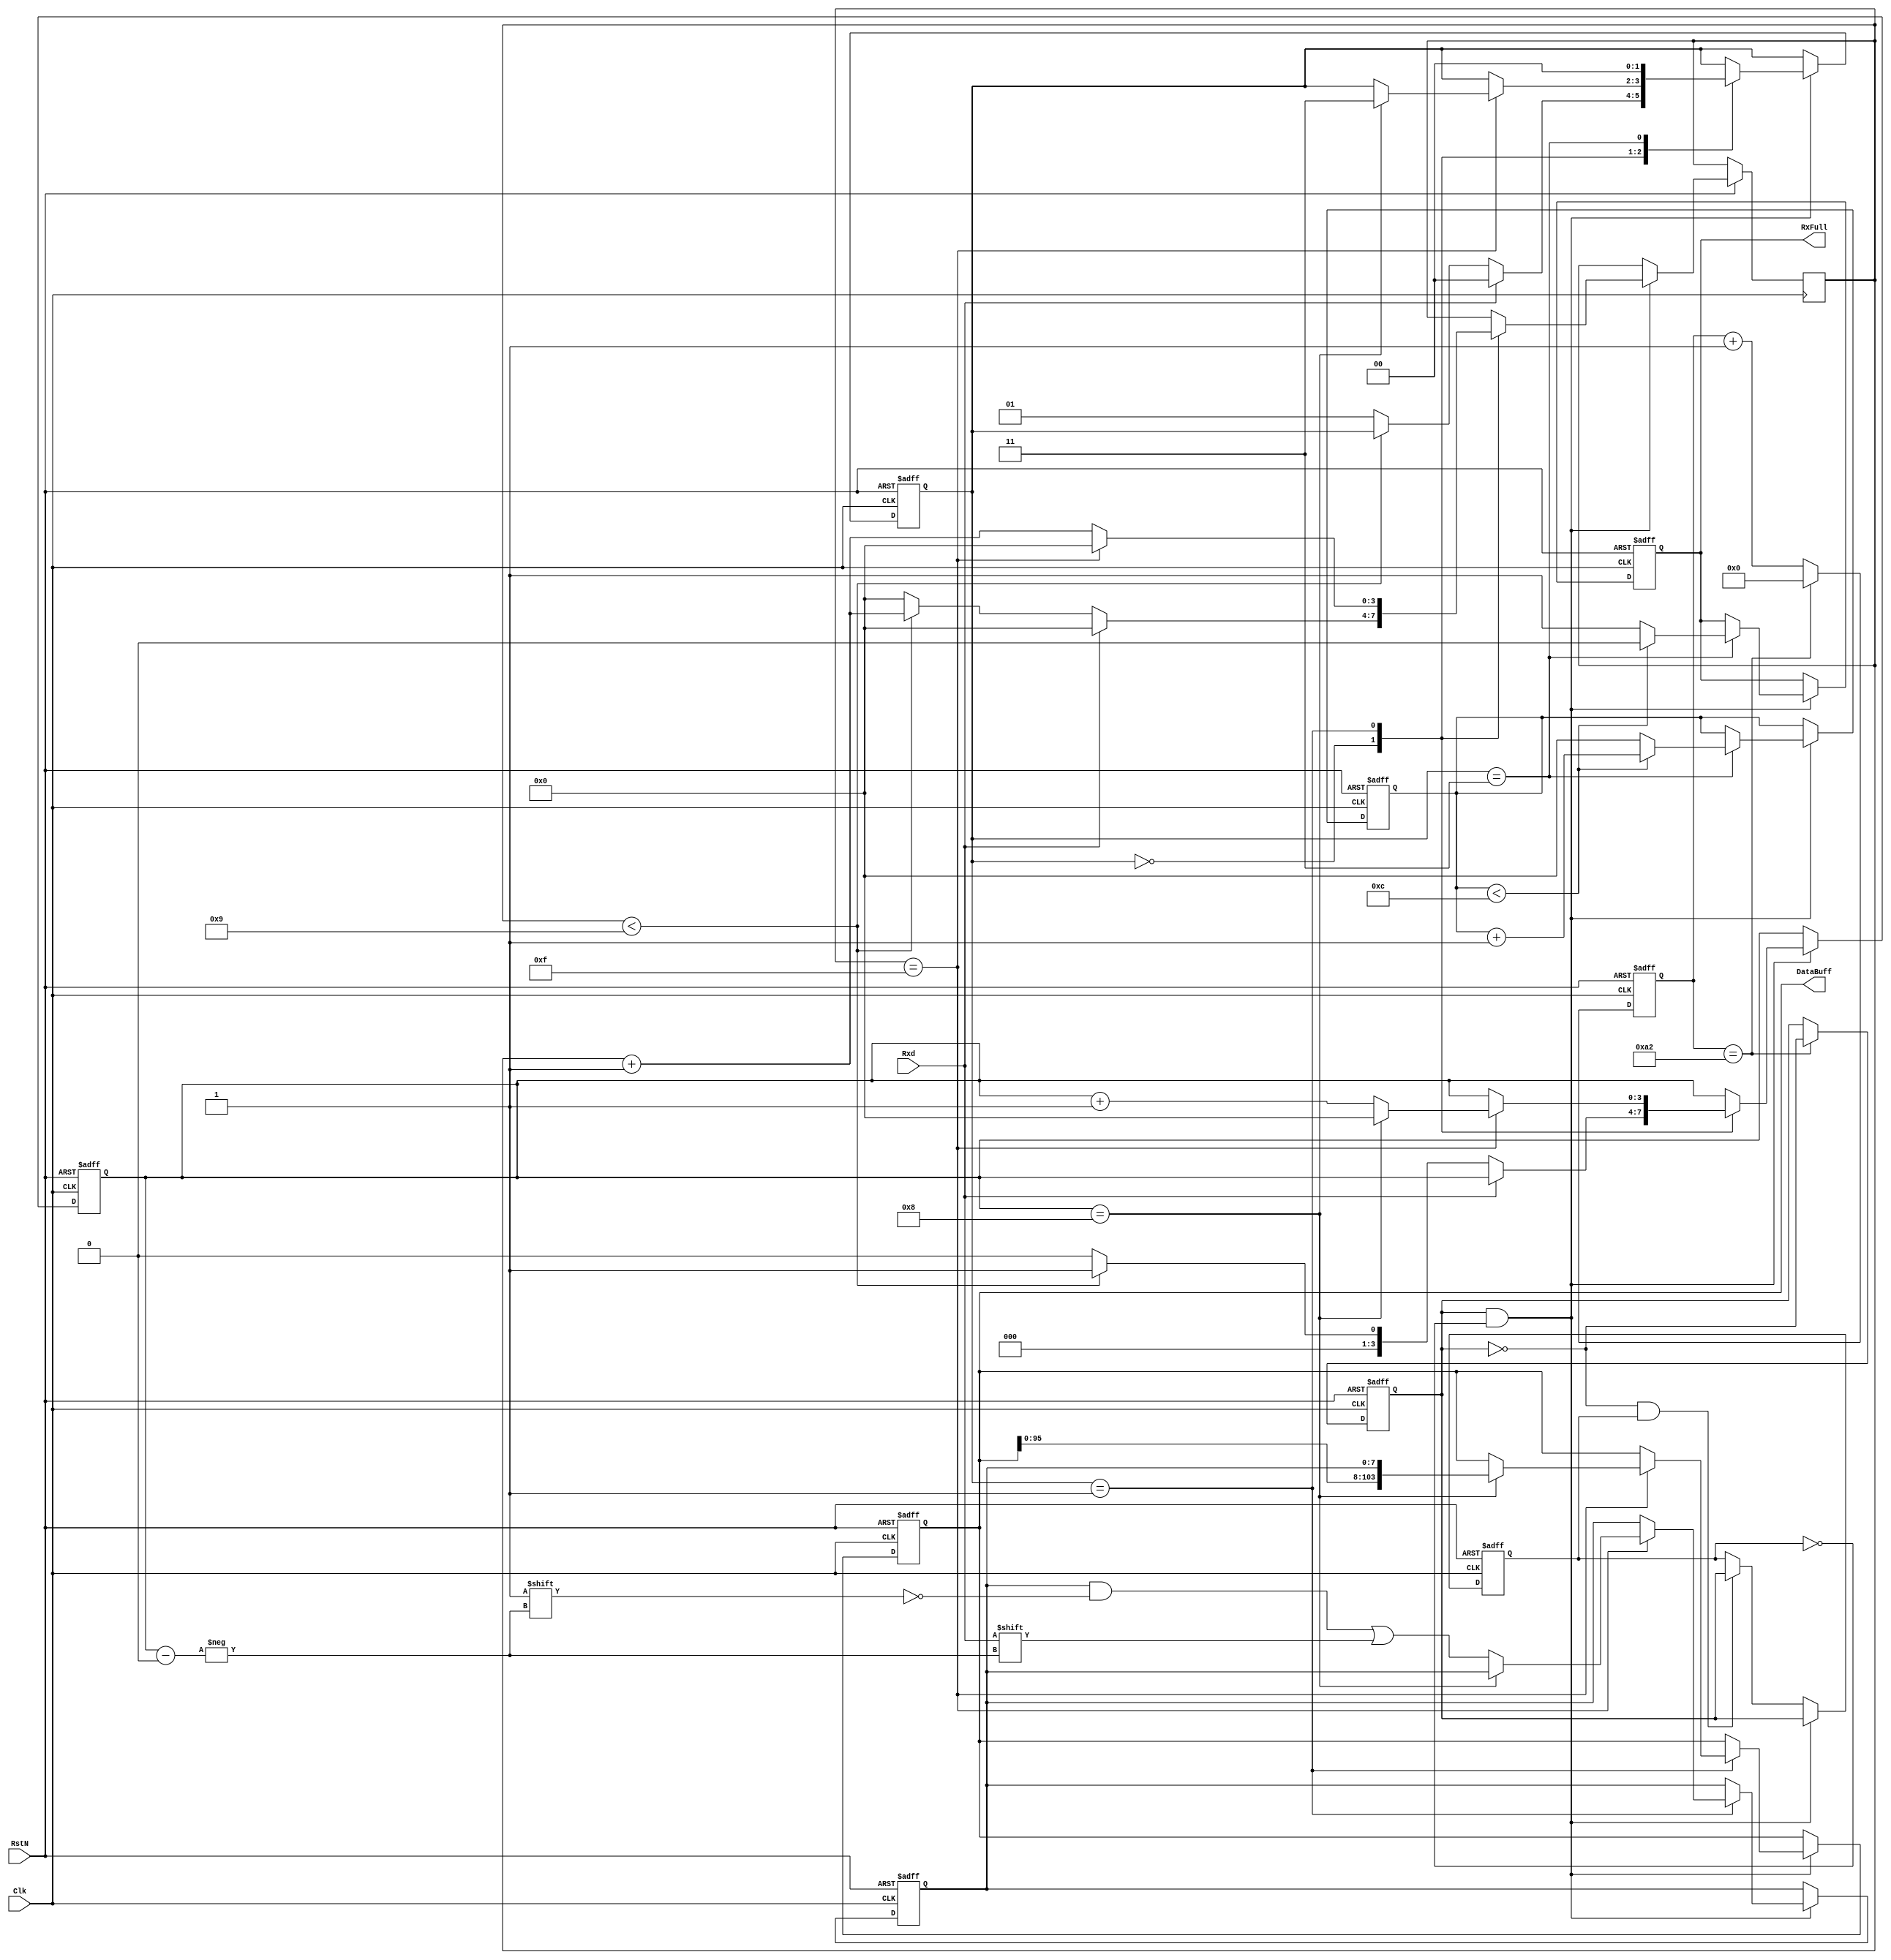

module UartRx(
		Clk,
		RstN,
		Rxd,		
		
		RxFull,
		DataBuff
);

	input						Clk;
	input						RstN;
	input						Rxd;

	output					RxFull;   
	output		[103:0]	DataBuff;


	//UART
	reg			[3:0]		RxBit;			//
//	reg			[87:0]	DataBuff;  	 	//11
	reg			[103:0]	DataBuff;  	 	//11
	reg			[7:0]		CurrByte;		//
	reg			[3:0]		RecCnt;			//
	reg			[7:0]		DivCnt;			//
	reg 			[1:0]		State;			//
	reg			[3:0]		BitCnt;			//
	reg						RxFull;		   //
	reg						RecClk;			//
	reg						ClkFlag;			//

		
	parameter			IDLE = 2'b00,
							READ = 2'b01,
							RETU = 2'b11;

	parameter  BTL_NUM = 8'd162;//50M/9600/16/2=162.7//9600/50M162.7
//	parameter  BTL_NUM = 8'd13;//50M/115200/16/2=//115200/50M
							
//			
always@(posedge Clk or negedge RstN)
begin
	if (~RstN)
	begin
		RecClk <= 1'b0;
		DivCnt <= 8'd0;
	end
	else
	begin								//50M/9600/16/2=162.7
		if (DivCnt == BTL_NUM)   //9600/50M162.7
		begin
			DivCnt <= 8'd0;
			RecClk <= ~RecClk;
		end
		else
		begin
			DivCnt <= DivCnt + 1'b1;
			RecClk <= RecClk;
		end
	end
end


//UART
always@(posedge Clk or negedge RstN)
begin
	if (~RstN)
	begin
		State <= IDLE;
		DataBuff <= 1'b0;	
		CurrByte <= 8'b0;	
		RecCnt <= 1'b0;
		RxBit <= 1'b0;	
		RxFull <= 1'b0;
		ClkFlag <= 1'b0;
	end
	else
	begin
		if (RecClk && ~ClkFlag)
		begin
			ClkFlag <= RecClk;			
			case(State)
	
			IDLE:
			begin
				if (Rxd == 1'b1)
				begin
					BitCnt <= 4'b0;
					State <= IDLE;
				end
				else
				begin
					if (BitCnt < 4'h9)	// Rxd9READ
					begin
						BitCnt <= BitCnt+1'b1;
						State <= State;
						RxBit <= 4'b1;
					end
					else
					begin
						BitCnt <= 4'b0;
						State <= READ;
						RxBit <= 4'b0;
					end
				end
			end	

			//
			READ:
			begin
				if (BitCnt == 4'hF)				// 
				begin									// recclk16
					BitCnt <= 4'h0;
					if (RxBit == 4'd8)			// 8
					begin
						RxBit <= 1'b0;
						DataBuff <= {DataBuff[95:0],CurrByte}; // 
//						DataBuff <= {DataBuff[79:0],CurrByte}; // 
						State <= RETU;
					end
					else
					begin
						RxBit <= RxBit+1'b1;
						CurrByte[RxBit] <= Rxd;			// BUFF
						State <= State;			   	
					end
				end					
				else
				begin
					BitCnt <= BitCnt+1'b1;
					RxBit <= RxBit;
					State <= State;
					CurrByte <= CurrByte;
					DataBuff <= DataBuff;
				end
			end


			RETU:
			begin
				if (RecCnt < 4'd12)	// 13
				begin
					RxFull <= 1'b0;						
					RecCnt <= RecCnt + 1'b1;
				end
//				else							// 11RxFull
				else							// 13RxFull
				begin							
					RxFull <= 1'b1;
					RecCnt <= 1'd0;
				
					DataBuff <= DataBuff;

				end		
					State <= IDLE;		
				end
			endcase
		end
		
		else
		begin
			if (~RecClk && ClkFlag)
			begin
				ClkFlag <= RecClk;
			end
			else
			begin
				ClkFlag <= ClkFlag;
			end	
		end
	end
end

endmodule